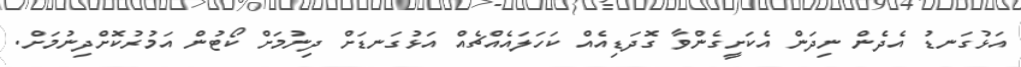
އަޅުގަނޑު އެދެން ނިދަން އެކަށީގެންވާ ގޮދަޑިއެއް ކަހަލައެއްޗެއް އަޅުގަނޑަށް ދިނުމަށް ކޯޓުން އަމުރުކޮށްދިނުމަށް.